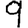
Digit: 9